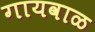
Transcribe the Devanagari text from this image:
गायवाळ